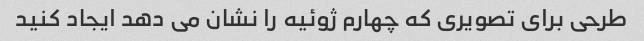
طرحی برای تصویری که چهارم ژوئیه را نشان می دهد ایجاد کنید